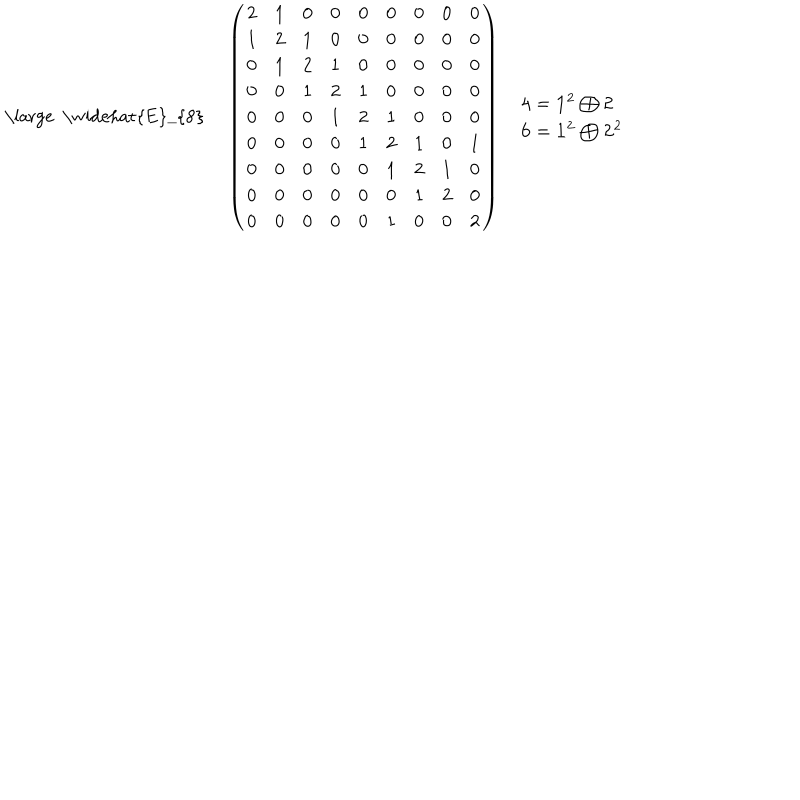
\begin{array} { c c c } { { { \mathrm { \large ~ \widehat { E } _ { 8 } ~ } } } } & { { \left( \begin{array} { c c c c c c c c c } { { 2 } } & { { 1 } } & { { 0 } } & { { 0 } } & { { 0 } } & { { 0 } } & { { 0 } } & { { 0 } } & { { 0 } } \\ { { 1 } } & { { 2 } } & { { 1 } } & { { 0 } } & { { 0 } } & { { 0 } } & { { 0 } } & { { 0 } } & { { 0 } } \\ { { 0 } } & { { 1 } } & { { 2 } } & { { 1 } } & { { 0 } } & { { 0 } } & { { 0 } } & { { 0 } } & { { 0 } } \\ { { 0 } } & { { 0 } } & { { 1 } } & { { 2 } } & { { 1 } } & { { 0 } } & { { 0 } } & { { 0 } } & { { 0 } } \\ { { 0 } } & { { 0 } } & { { 0 } } & { { 1 } } & { { 2 } } & { { 1 } } & { { 0 } } & { { 0 } } & { { 0 } } \\ { { 0 } } & { { 0 } } & { { 0 } } & { { 0 } } & { { 1 } } & { { 2 } } & { { 1 } } & { { 0 } } & { { 1 } } \\ { { 0 } } & { { 0 } } & { { 0 } } & { { 0 } } & { { 0 } } & { { 1 } } & { { 2 } } & { { 1 } } & { { 0 } } \\ { { 0 } } & { { 0 } } & { { 0 } } & { { 0 } } & { { 0 } } & { { 0 } } & { { 1 } } & { { 2 } } & { { 0 } } \\ { { 0 } } & { { 0 } } & { { 0 } } & { { 0 } } & { { 0 } } & { { 1 } } & { { 0 } } & { { 0 } } & { { 2 } } \\ \end{array} \right) } } & { { \begin{array} { l } { { { \bf 4 } = { \bf 1 ^ { 2 } } \bigoplus { \bf 2 } } } \\ { { { \bf 6 } = { \bf 1 ^ { 2 } } \bigoplus { \bf 2 ^ { 2 } } } } \\ \end{array} } } \\ \end{array}